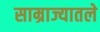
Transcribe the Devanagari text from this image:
साम्राज्यातले